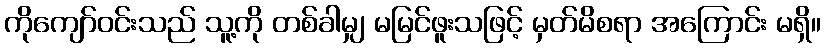
ကိုကျော်ဝင်းသည် သူ့ကို တစ်ခါမျှ မမြင်ဖူးသဖြင့် မှတ်မိစရာ အကြောင်း မရှိ။